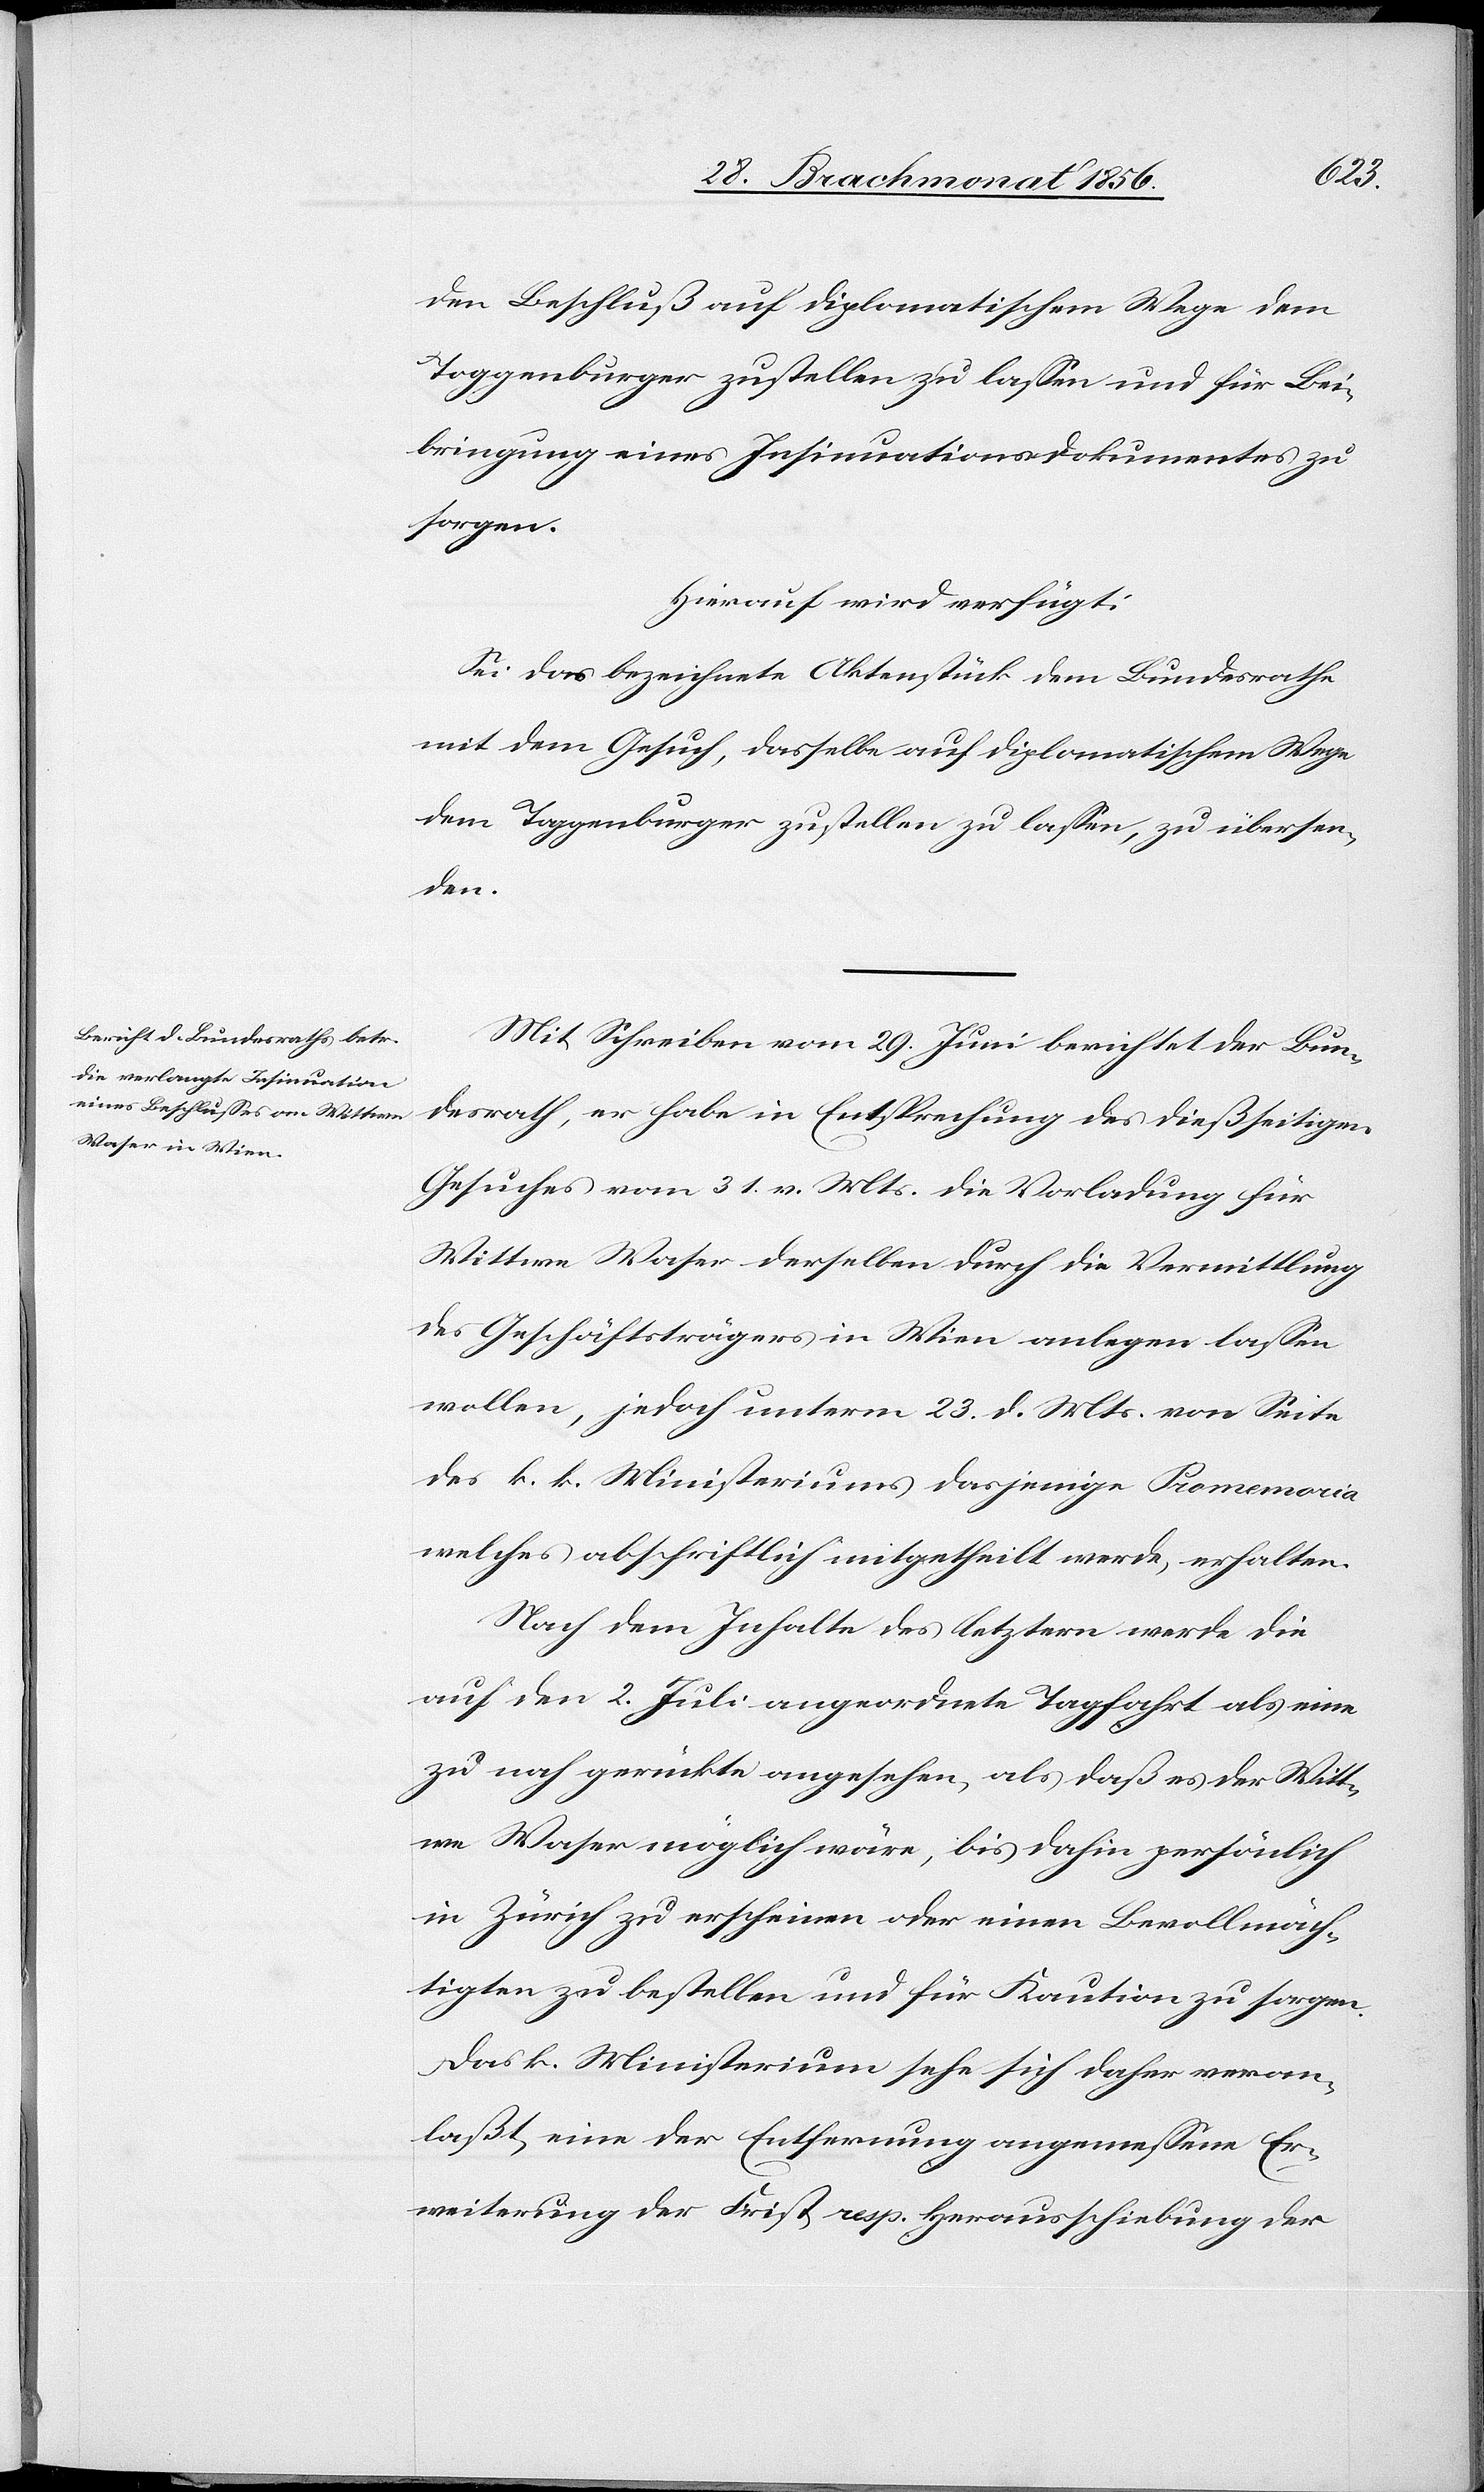
1. Heumonat 1856.]
den Beschluß auf diplomatischem Wege dem
Toggenburger zustellen zu lassen und für Bei¬
bringung eines Insinuationsdokumentes zu
sorgen.
Hierauf wird verfügt:
Sei das bezeichnete Aktenstück dem Bundesrathe
mit dem Gesuch, dasselbe auf diplomatischem Wege
dem Toggenburger zustellen zu lassen, zu übersen¬
den
Mit Schreiben vom 29. Juni berichtet der Bun¬
desrath, er habe in Entsprechung des dießseitigen
Gesuches vom 31. v. Mts. die Vorladung für
Wittwe Waser derselben durch die Vermittlung
des Geschäftsträgers in Wien anlegen lassen
wollen, jedoch unterm 23. d. Mts. von Seite
des k. k. Ministeriums dasjenige Promemoria
welches abschriftlich mitgetheilt werde, erhalten.
Nach dem Inhalte des letztern werde die
auf den 2. Juli angeordnete Tagfahrt als eine
zu nah gerückte angesehen, als daß es der Witt¬
we Waser möglich wäre, bis dahin persönlich
in Zürich zu erscheinen oder einen Bevollmäch¬
tigten zu bestellen und für Kaution zu sorgen.
Das k. Ministerium sehe sich daher veran¬
laßt, eine der Entfernung angemessene Er¬
weiterung der Frist resp. Herausschiebung der